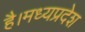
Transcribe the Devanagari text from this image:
है।मध्यप्रदेश